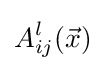
A_{ij}^{l}({\vec {x}})